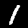
Label: 1